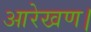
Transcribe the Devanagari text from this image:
आरेखण।